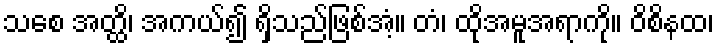
သစေ အတ္ထိ၊ အကယ်၍ ရှိသည်ဖြစ်အံ့။ တံ၊ ထိုအမူအရာကို။ ဝိစိနထ၊